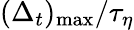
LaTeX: (\Delta_{t})_{\operatorname*{max}}/\tau_{\eta}